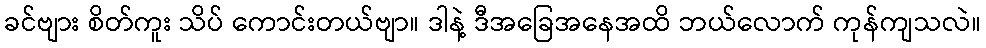
ခင်ဗျား စိတ်ကူး သိပ် ကောင်းတယ်ဗျာ။ ဒါနဲ့ ဒီအခြေအနေအထိ ဘယ်လောက် ကုန်ကျသလဲ။